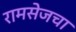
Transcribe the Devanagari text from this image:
रामसेजचा